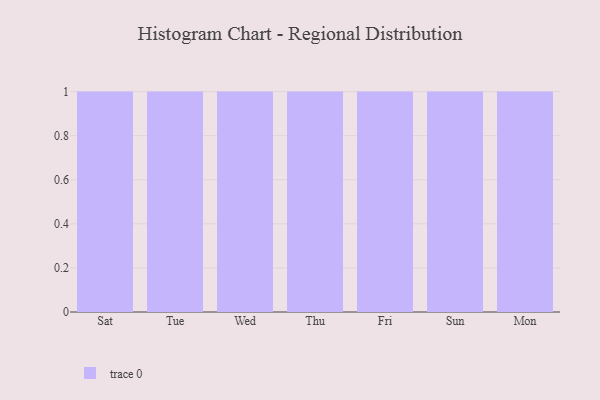
{"axis": {"x": "Day", "y": "Population (Million)"}, "legend": [""], "data": [{"x": "Sat", "y": 24, "type": ""}, {"x": "Tue", "y": 94, "type": ""}, {"x": "Wed", "y": 62, "type": ""}, {"x": "Thu", "y": 11, "type": ""}, {"x": "Fri", "y": 26, "type": ""}, {"x": "Sun", "y": 88, "type": ""}, {"x": "Mon", "y": 77, "type": ""}]}